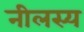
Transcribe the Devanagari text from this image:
नीलस्य